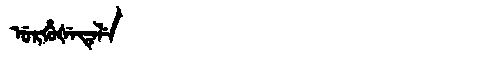
Manchu: ᡠᡵᡥᡠᡧᡝᡨᡝᠯᡝ
Romanization: URHUŠETELE